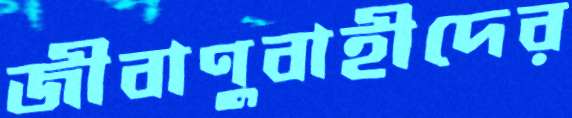
জীবাণুবাহীদের